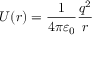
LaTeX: U ( r ) = { \frac { 1 } { 4 \pi \varepsilon _ { 0 } } } { \frac { q ^ { 2 } } { r } }